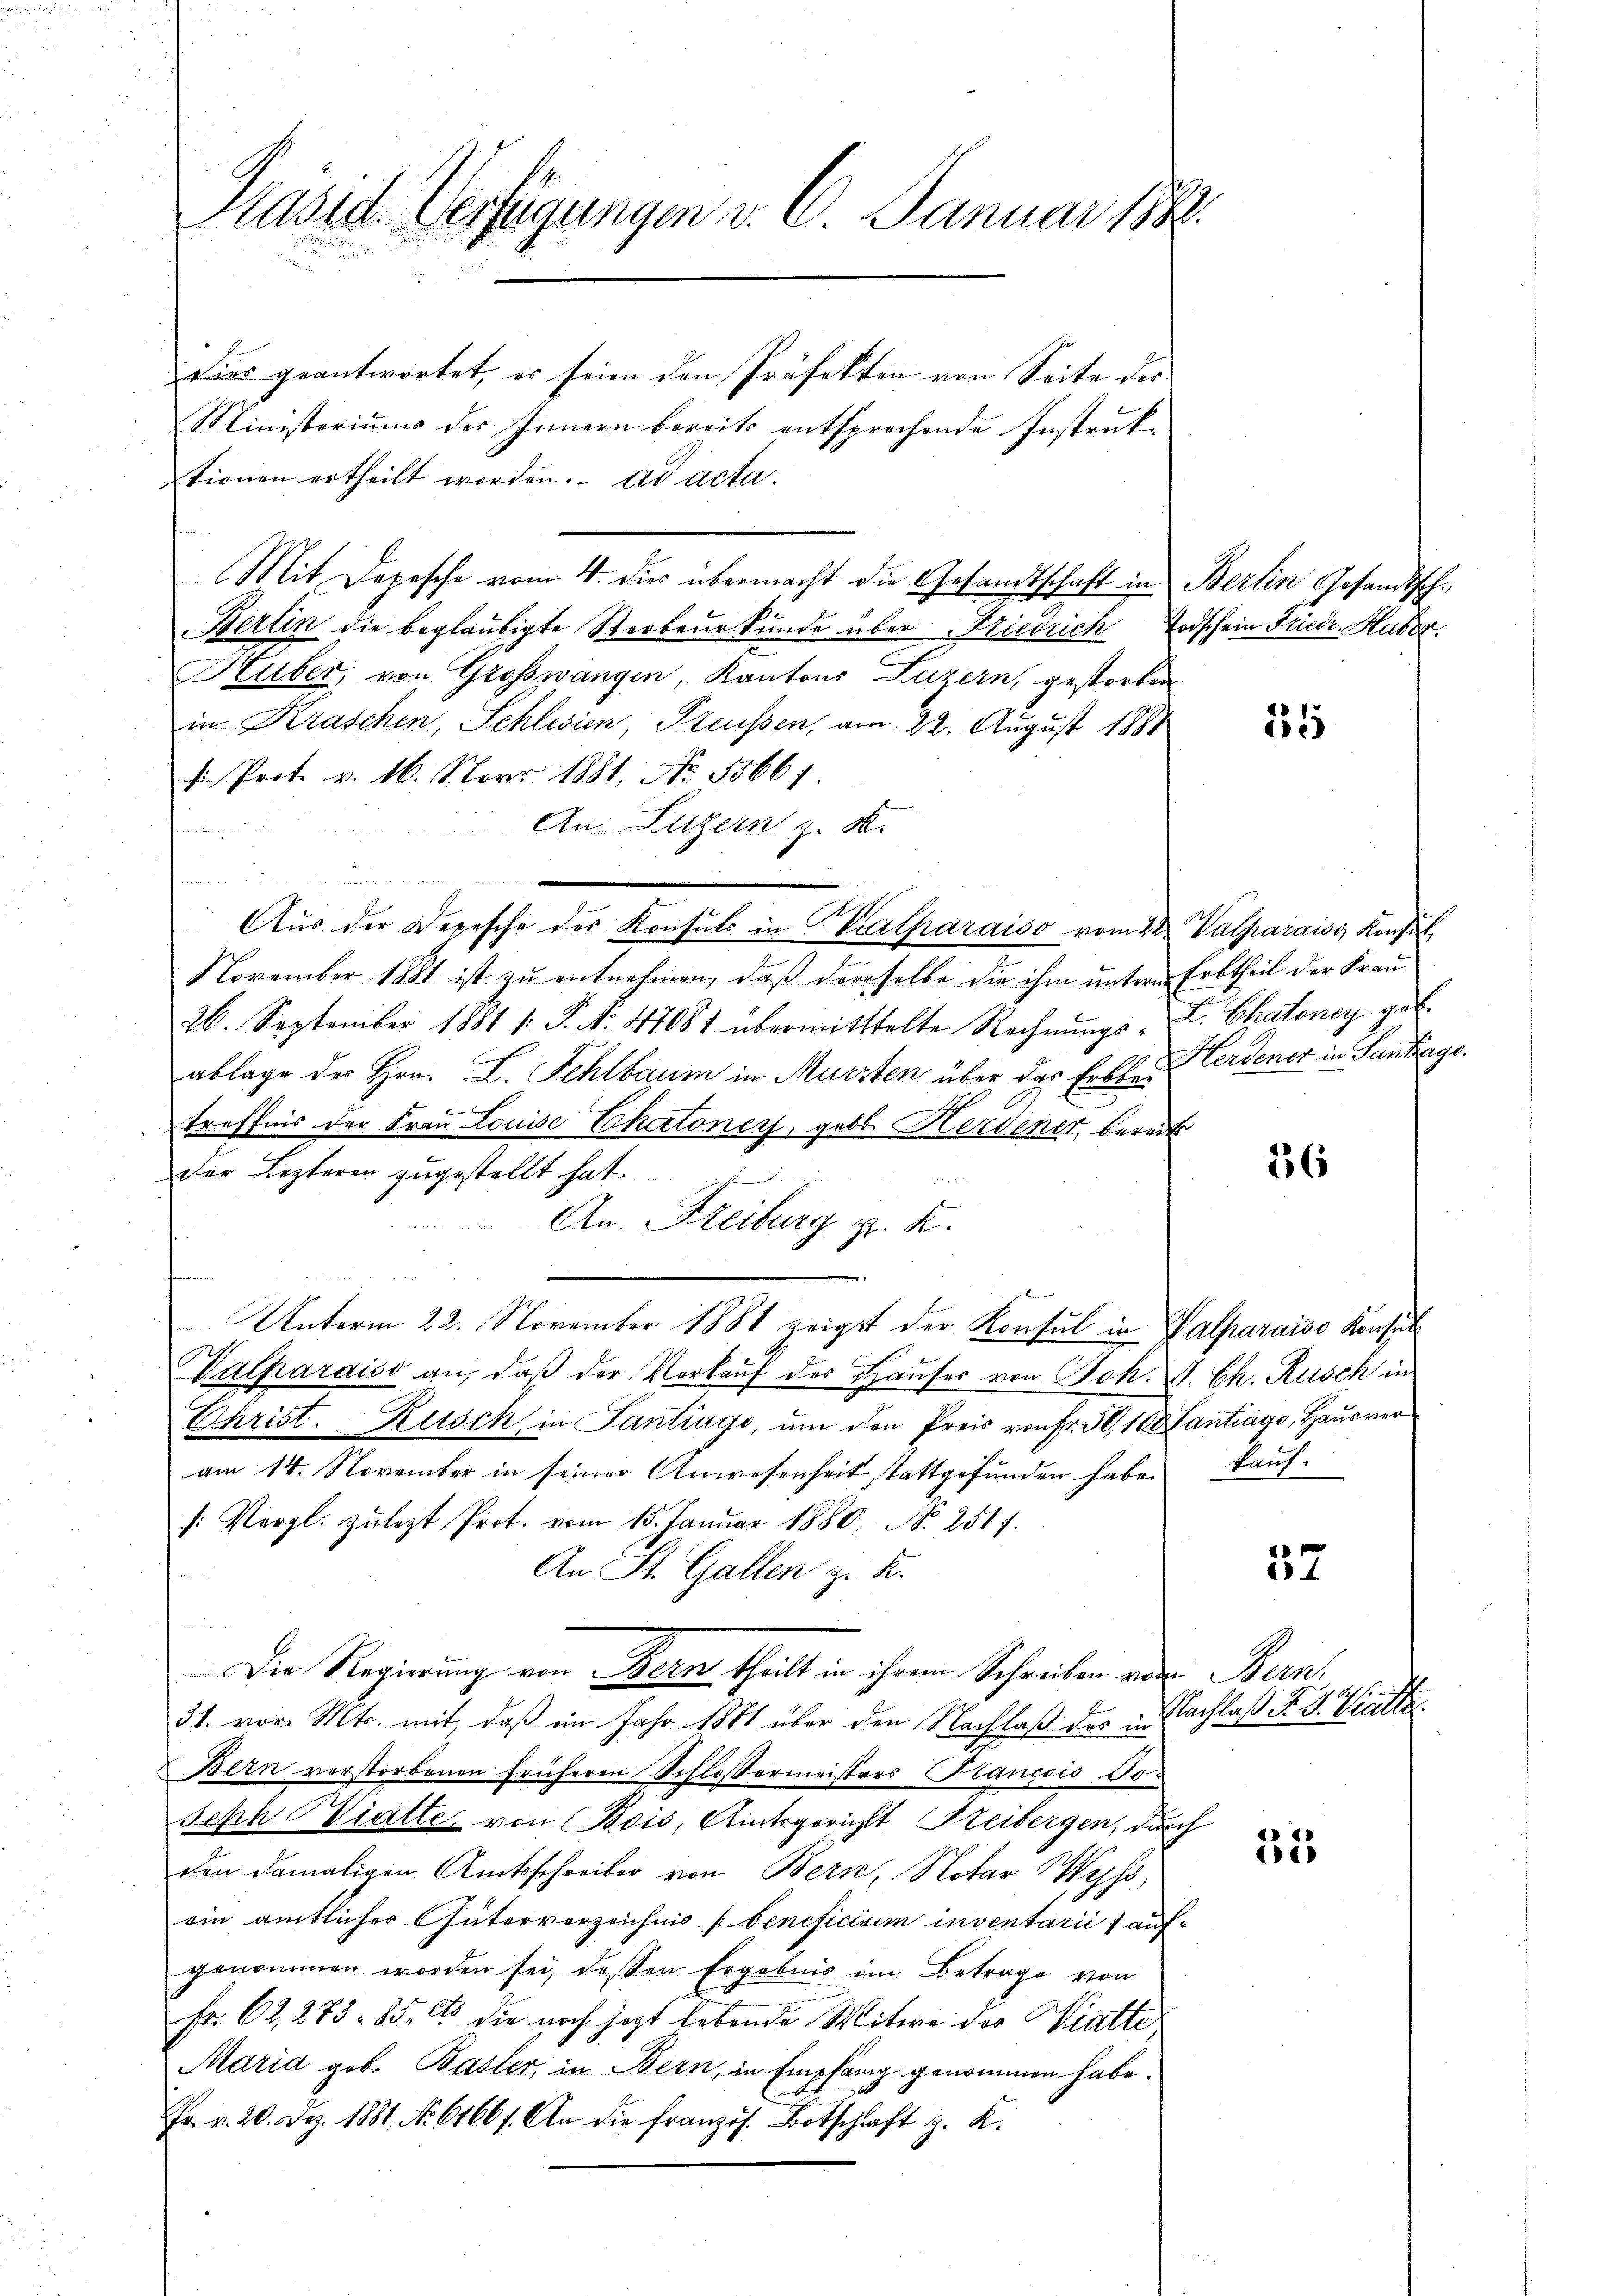
Präsid. Verfügungen v. 6. Januar 1888.

Dies geantwortet, es seien den Präfekten von Seite des
Ministeriums des Innern bereits entsprechende Instruktionen ertheilt worden. ad acta.
Mit Depesche vom 4. dies übermacht die Gesandtschaft in Berlin Gesandtsch¬
Berlin die beglaubigte Sterbeurkunde über Friedrich Todschein Friedr. Huber.
Huber, von Grosswangen, Kantons Luzern, gestorben
in Kraschen, Schlesien, Preußen, am 22. August 1881
s Prot. v. 16. Novr 1881, No. 5566)
r
An Luzern z. B.
u
u
Aŭs der Depesche des Konsuls in Caparaiso vom 22. Valparais Konsul
November 1881 ist zŭ entnehmen, daβ derselbe die ihm untern Erbtheil der Frau-
26. September 1881 /: P. Nr. 47081 übermitttelte Rechnŭngs- u. Chatoney geb.
ablage der Hrn. L. Fehlbaum in Murzten über das Erbste Herdener in Santagsber
treffnis der Frau Louise Chatonen, geb. Herdener, bereits
der Lezteren zugestellt hat.
An. Freiburg z. K.
Unterm 22. November 1881 zeigt der Konsul in Valparaiso Konsul
Valparaiso an, daβ der Verkaŭf des Haŭses von Joh. J. Ch. Rusch in
Christ. Zusch in Santrage, um den Preis von Fr. 50, 10 Lantrage, Hausver
am 14. November in seiner Anwesenheit stattgefunden haben kauf
s: Vergl. zulezt Prot. vom 15. Januar 1880, No 2517.
An St. Gallen z. B.
Die Regierung von Bern, theilt in ihrem Schreiben von Bern.
31. vor. Mts. mit, daß im Jahr 1881 über den Nachlaß des in Nachlaß R. v. Vielte.
Bern verstorbenen früheren Schlossermeisters Plancois Jo¬
Seph Viatte, von Bois, Amtsgerichtt Freibergen, durch
den damaligen Amtsschreiber von Bern, Notar Wyss,
ein amtlicher Gütervorzeichnis (beneficium inventarii aufgenommen worden sei, dessen Ergebnis im Betrage von
Fr. 62, 273 - 85 Cts. die noch jetzt lebende Witwe der Viatte
Maria geb. Basler, in Bern, in Empfang genommen habe.
Fr. v. 20. Dez. 1881. No. 61661. An die französ. Botschaft z. K.

35

26

57

4
12